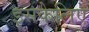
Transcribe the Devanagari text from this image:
इसकेलिए